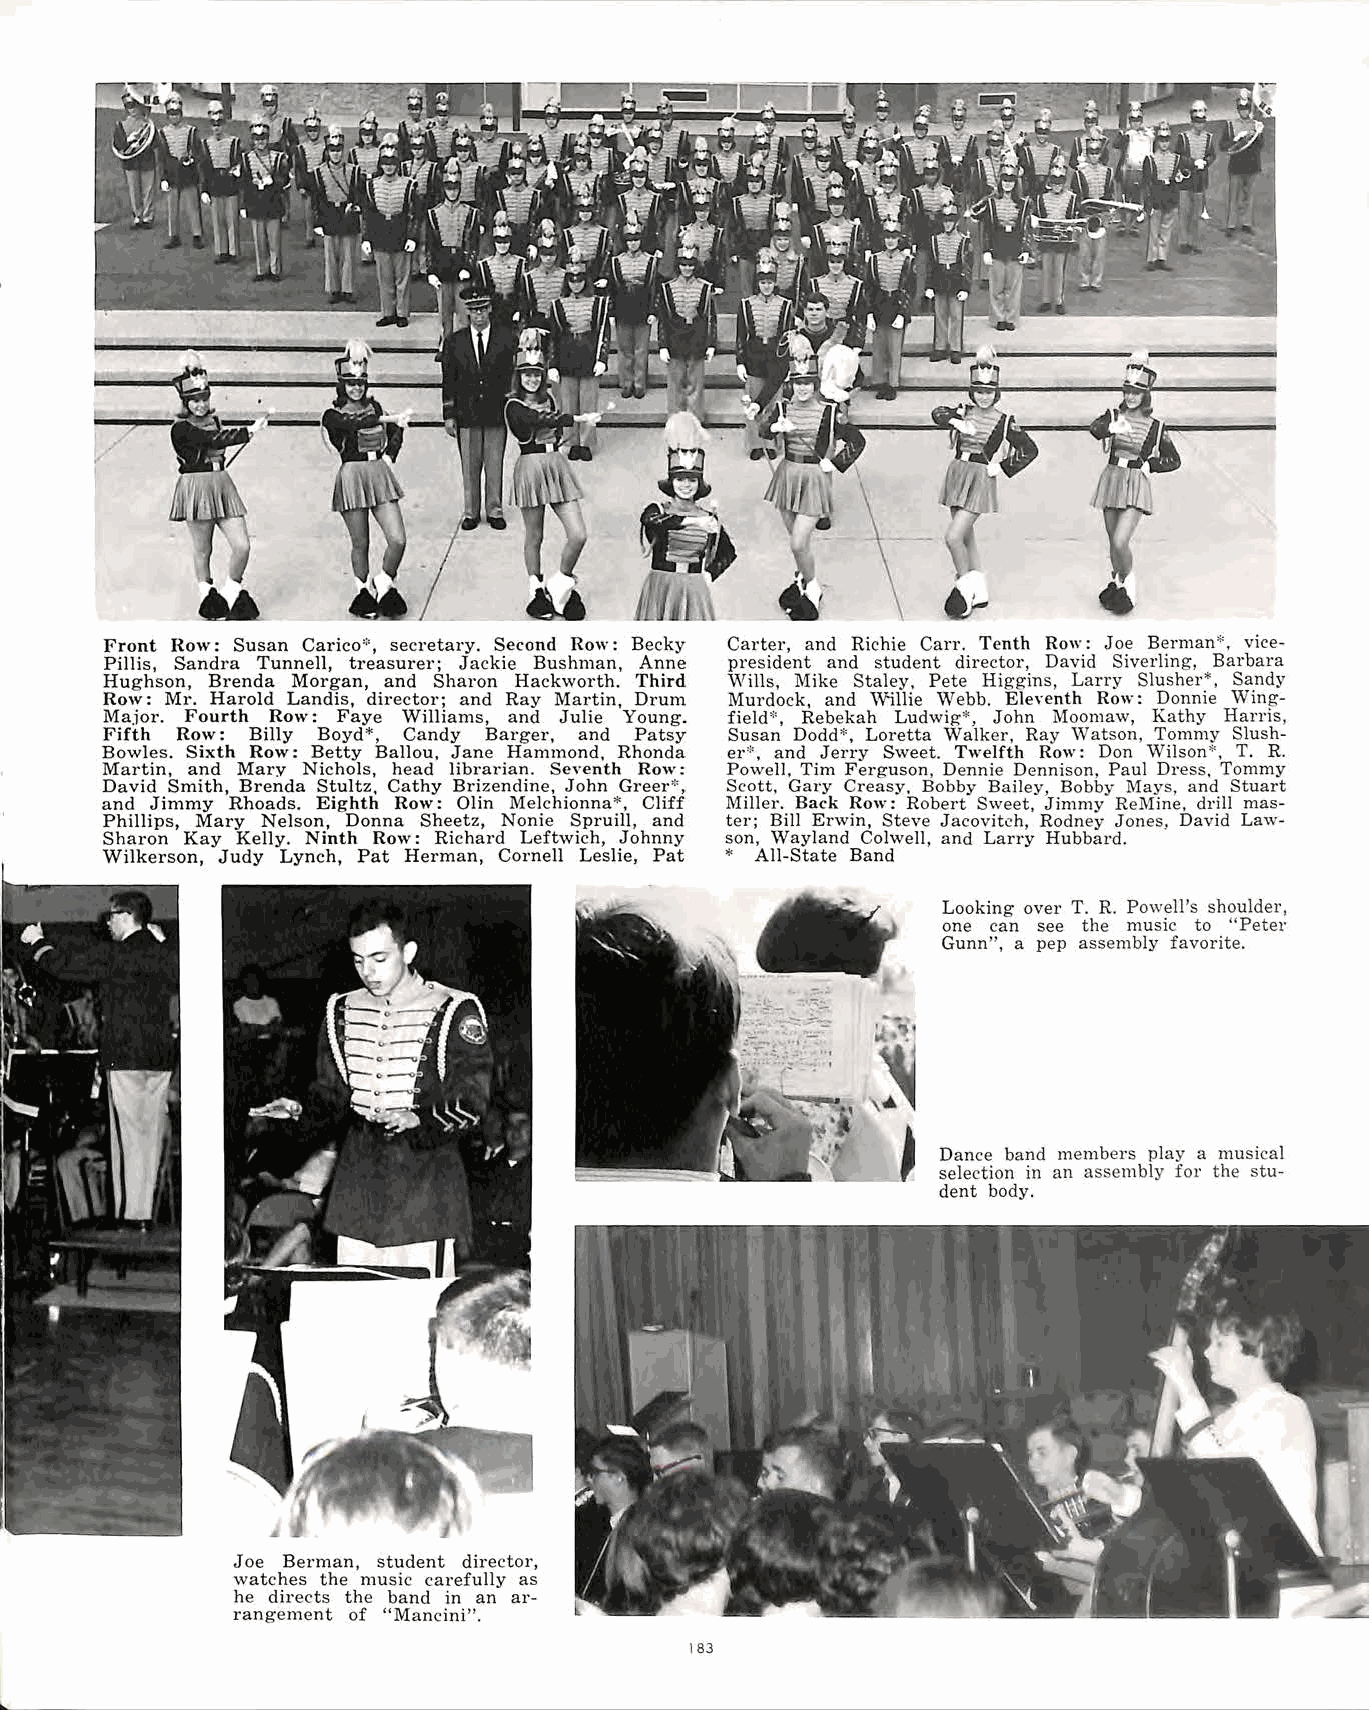
Front Row: Susan Carico*, secretary. Second Row: Becky Carter, and Richie Carr. Tenth Row: Joe Berman*, vice
 Pillis, Sandra Tunnell, treasurer; Jackie Bushman, Anne president and student director, David Siverling, Barbara
 Hughson, Brenda Morgan, and Sharon Hackworth. Third ·wms, Mike Staley. Pete Higgins, Larry Slusher*, Sandy
 Row: Mr. Harold Landis, director; and Ray Martin, Drum Murdock, and 'Villie Webb. Eleventh Row: Donnie Wing
 Major. Fourth Row: Faye Williams, and Julie Young. field*, Rebekah Ludwig*, John Moomaw, Kathy Harris,
 Fifth Row: Billy Boyd*, Candy Barger, and Patsy Susan Dodd*, Loretta Walker, Ray Watson, Tommy Slush
 Bowles. Sixth Row: Betty Ballou, Jane Hammond. Rhonda er*, and Jerry Sweet. Twelfth Row: Don 'Wilson*, T. R.
 Martin, and Mary Nichols, head librarian. Se,·enth Row: Powell. Tim Ferguson, Dennie Dennison, Paul Dress. Tommy
 David Smith, Brenda Stultz. Cathy Brizendine, John Greer~', Scott, Gary Creasy, Bobby Bailey, Bobby Mays, and Stuart
 and Jimmy Rhoads. Eighth Row: Olin Melchionna*, Cliff Miller. Back Row: Robert Sweet, Jimmy ReMine, drill mas
 Phillips, Mary Nelson, Donna Sheetz, Nonie Spruill, and ter; Bill Erwin, Steve Jacovitch, Rodney Jones, David Law
 Sharon Kay Kelly. Ninth Row: Richard Leftwich, Johnny son, Wayland Colwell, and Larry Hubbard.
 Wilkerson, Judy Lynch, Pat Herman, Cornell Leslie, Pat * All-State Band
 Looking over T. R. Powell's shoulder,
 one can see the music to "Peter
 Gunn", a pep assembly favorite.
 _,
 Dance band members play a musical
 selection in an assembly for the stu
 dent body.
 Joe Berman, student director,
 watches the music carefully as
 he directs the band in an ar
 rangement of "Mancini".
 183